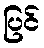
ပြင်